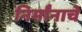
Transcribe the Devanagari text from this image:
निर्मांनाचे